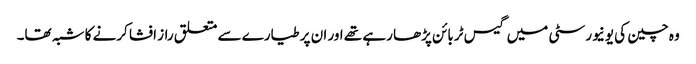
وہ چین کی یونیورسٹی میں گیس ٹربائن پڑھا رہے تھے اور ان پر طیارے سے متعلق راز افشا کرنے کا شبہ تھا۔